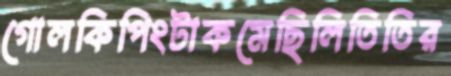
গোলকিপিংটাকমেছিলিতিতির